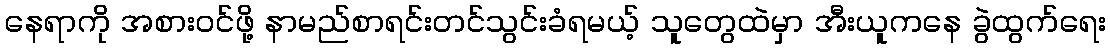
နေရာကို အစားဝင်ဖို့ နာမည်စာရင်းတင်သွင်းခံရမယ့် သူတွေထဲမှာ အီးယူကနေ ခွဲထွက်ရေး